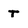
Character: T